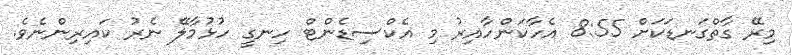
މިރޭ ގާތްގަނޑަކަށް 8:55 އެހާކަންހާއިރު މި އެކްސިޑެންޓް ހިނގީ ހުޅުމާލޭ ނެރު ކައިރިންނެވެ.